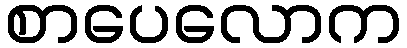
စာပေလောက